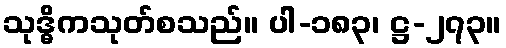
သုဒ္ဓိကသုတ်စသည်။ ပါ-၁၈၃၊ ဋ္ဌ-၂၇၃။